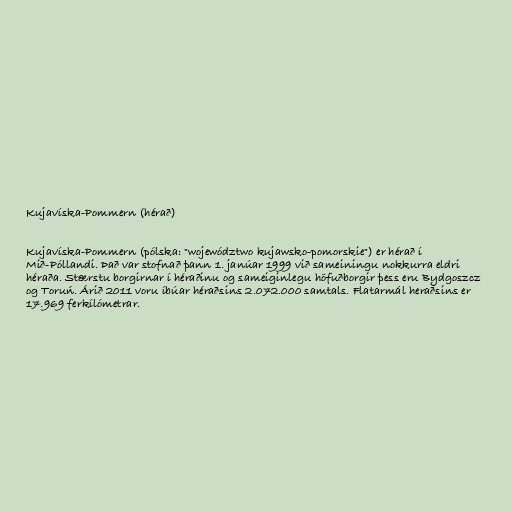
Kujavíska-Pommern (hérað)

Kujavíska-Pommern (pólska: "województwo kujawsko-pomorskie") er hérað í
Mið-Póllandi. Það var stofnað þann 1. janúar 1999 við sameiningu nokkurra eldri
héraða. Stærstu borgirnar í héraðinu og sameiginlegu höfuðborgir þess eru Bydgoszcz
og Toruń. Árið 2011 voru íbúar héraðsins 2.072.000 samtals. Flatarmál heraðsins er
17.969 ferkílómetrar.